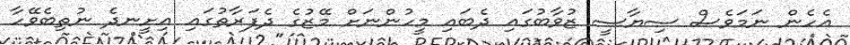
އެހެން ނަމަވެސް ސިޔާސީ ޒުވާބުގައި ދެބައި މީހުންނަށް މޭޒުގެ ދެފަރާތުގައި އިށީނދެ ނުތިބެވޭހާ